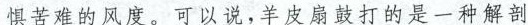
惧苦难的风度。可以说，羊皮扇鼓打的是一种解剖